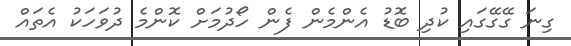
ގިނަ ގޭގޭގައި ކުދި ބޮޑު އެންމެން ފެން ހޯދުމަށް ކޮންމެ ދުވަހަކު އެތައް